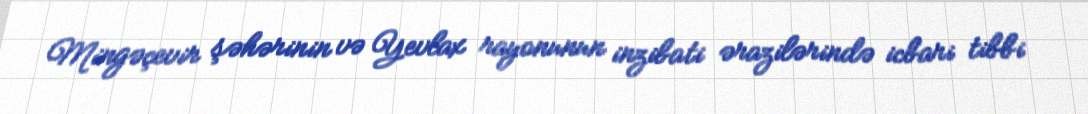
Mingəçevir şəhərinin və Yevlax rayonunun inzibati ərazilərində icbari tibbi